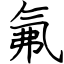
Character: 氟